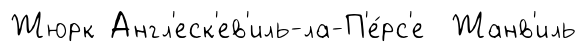
Жюрк Англ'еск'ев'иль-ла-П'е́рс'е Жанв'иль